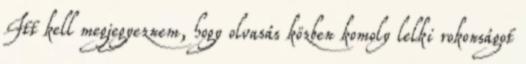
Itt kell megjegyeznem, hogy olvasás közben komoly lelki rokonságot